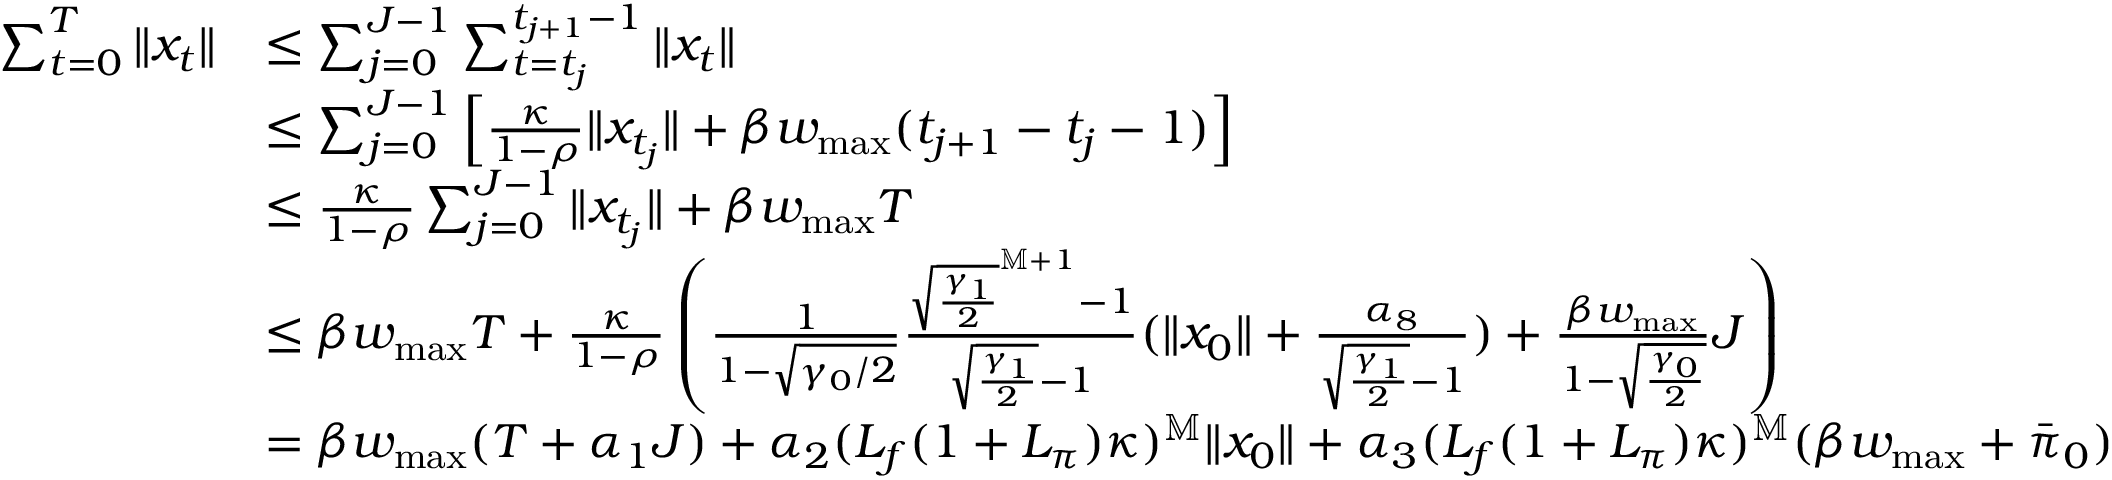
\begin{array} { r l } { \sum _ { t = 0 } ^ { T } \| x _ { t } \| } & { \leq \sum _ { j = 0 } ^ { J - 1 } \sum _ { t = t _ { j } } ^ { t _ { j + 1 } - 1 } \| x _ { t } \| } \\ & { \leq \sum _ { j = 0 } ^ { J - 1 } \left[ \frac { \kappa } { 1 - \rho } \| x _ { t _ { j } } \| + \beta w _ { \operatorname* { m a x } } ( t _ { j + 1 } - t _ { j } - 1 ) \right] } \\ & { \leq \frac { \kappa } { 1 - \rho } \sum _ { j = 0 } ^ { J - 1 } \| x _ { t _ { j } } \| + \beta w _ { \operatorname* { m a x } } T } \\ & { \leq \beta w _ { \operatorname* { m a x } } T + \frac { \kappa } { 1 - \rho } \left( \frac { 1 } { 1 - \sqrt { \gamma _ { 0 } / 2 } } \frac { \sqrt { \frac { \gamma _ { 1 } } { 2 } } ^ { \mathbb M + 1 } - 1 } { \sqrt { \frac { \gamma _ { 1 } } { 2 } } - 1 } ( \| x _ { 0 } \| + \frac { \alpha _ { 8 } } { \sqrt { \frac { \gamma _ { 1 } } { 2 } } - 1 } ) + \frac { \beta w _ { \operatorname* { m a x } } } { 1 - \sqrt { \frac { \gamma _ { 0 } } { 2 } } } J \right) } \\ & { = \beta w _ { \operatorname* { m a x } } ( T + \alpha _ { 1 } J ) + \alpha _ { 2 } ( L _ { f } ( 1 + L _ { \pi } ) \kappa ) ^ { \mathbb M } \| x _ { 0 } \| + \alpha _ { 3 } ( L _ { f } ( 1 + L _ { \pi } ) \kappa ) ^ { \mathbb M } ( \beta w _ { \operatorname* { m a x } } + \bar { \pi } _ { 0 } ) } \end{array}